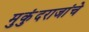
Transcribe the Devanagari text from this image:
मुकुंदराजांचे